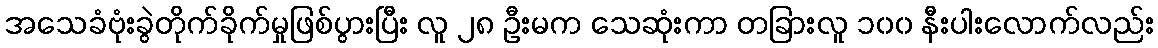
အသေခံဗုံးခွဲတိုက်ခိုက်မှုဖြစ်ပွားပြီး လူ ၂၈ ဦးမက သေဆုံးကာ တခြားလူ ၁၀၀ နီးပါးလောက်လည်း